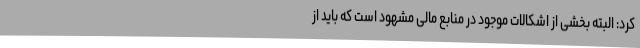
کرد: البته بخشی از اشکالات موجود در منابع مالی مشهود است که باید از